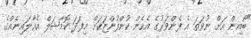
"ބޯއިން އަށް ނުވަތަ އެ ފެންވަރުގެ އެހެން ކުންފުންޏަކަށް މިފަދަ ކޮމާޝަލް އެއާލައިނެއްގެ